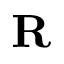
\mathbf { R }